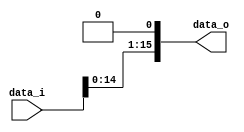
module Shift_Left_one( data_i, data_o );

//I/O ports                    
input  [16-1:0] data_i;
output [16-1:0] data_o;
wire   [16-1:0] data_o;

//shift left
assign data_o = data_i << 1 ;

endmodule